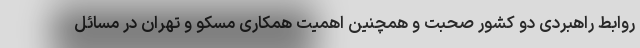
روابط راهبردی دو کشور صحبت و همچنین اهمیت همکاری مسکو و تهران در مسائل